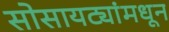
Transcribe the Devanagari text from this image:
सोसायट्यांमधून